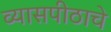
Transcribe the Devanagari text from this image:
व्यासपीठाचे